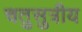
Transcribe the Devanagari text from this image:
चतुसुत्रीय